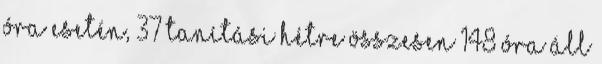
óra esetén, 37 tanítási hétre összesen 148 óra áll